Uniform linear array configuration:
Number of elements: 24
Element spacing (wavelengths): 0.25
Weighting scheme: blackman
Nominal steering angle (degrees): -60
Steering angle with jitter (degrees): -58.78
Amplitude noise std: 0.05
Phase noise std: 0.05

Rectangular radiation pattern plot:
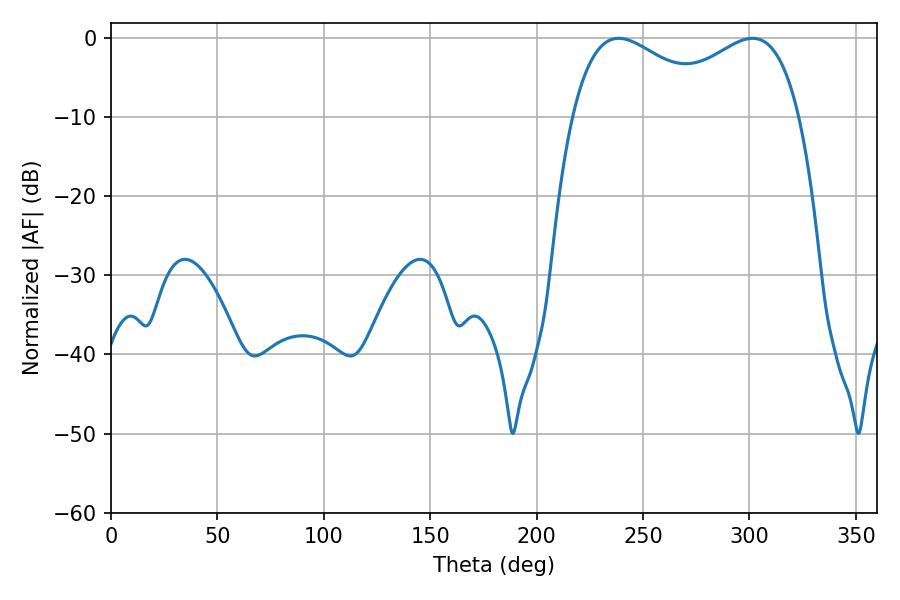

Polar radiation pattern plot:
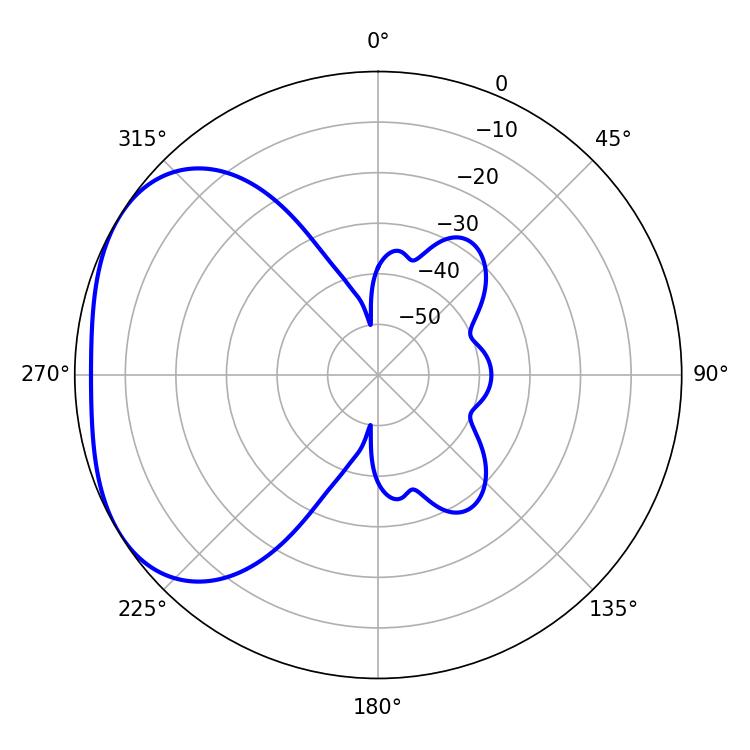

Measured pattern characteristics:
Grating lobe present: FALSE
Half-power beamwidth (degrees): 39.06
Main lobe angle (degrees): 301.5